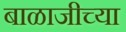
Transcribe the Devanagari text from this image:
बाळाजीच्या